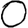
Digit: 0